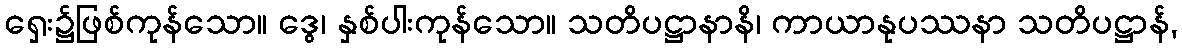
ရှေး၌ဖြစ်ကုန်သော။ ဒွေ၊ နှစ်ပါးကုန်သော။ သတိပဋ္ဌာနာနိ၊ ကာယာနုပဿနာ သတိပဋ္ဌာန်,